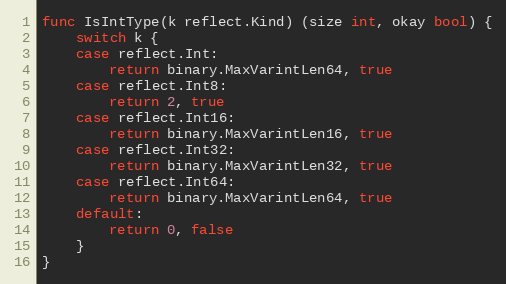
Language: Go
func IsIntType(k reflect.Kind) (size int, okay bool) {
	switch k {
	case reflect.Int:
		return binary.MaxVarintLen64, true
	case reflect.Int8:
		return 2, true
	case reflect.Int16:
		return binary.MaxVarintLen16, true
	case reflect.Int32:
		return binary.MaxVarintLen32, true
	case reflect.Int64:
		return binary.MaxVarintLen64, true
	default:
		return 0, false
	}
}